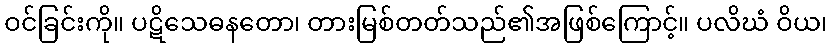
ဝင်ခြင်းကို။ ပဋိသေဓနတော၊ တားမြစ်တတ်သည်၏အဖြစ်ကြောင့်။ ပလိဃံ ဝိယ၊